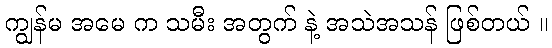
ကျွန်မ အမေ က သမီး အတွက် နဲ့ အသဲအသန် ဖြစ်တယ် ။